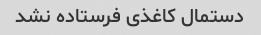
دستمال کاغذی فرستاده نشد